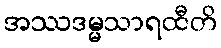
အဿဒမ္မသာရထီတိ